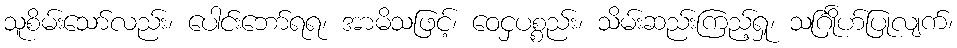
သူစိမ်းသော်လည်း၊ ပေါင်းဘော်ရရ၊ အာမိသဖြင့်၊ ဝေငှပစ္စည်း၊ သိမ်းဆည်းကြည့်ရှု၊ သင်္ဂြိုဟ်ပြုလျက်၊